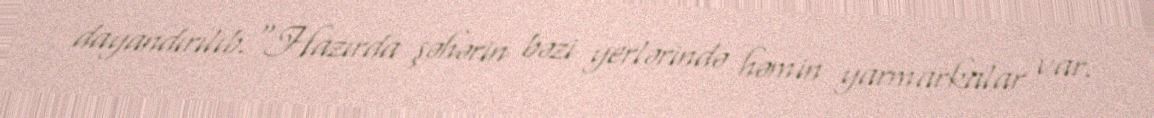
dayandırılıb.“Hazırda şəhərin bəzi yerlərində həmin yarmarkalar var.